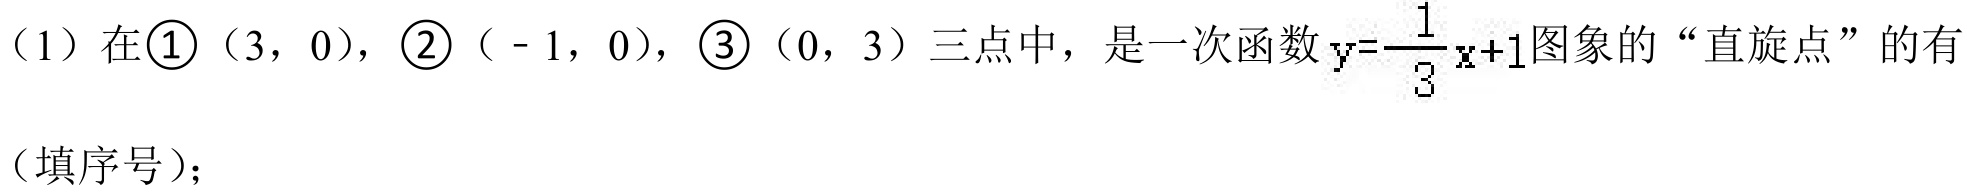
（1）在\(\textcircled{1}(3,0)\)，\(\textcircled{2}(-1,0)\)，\(\textcircled{3}(0,3)\)三点中，是一次函数\(y = \frac{1}{3}x + 1\)图象的“直旋点”的有
（填序号）；